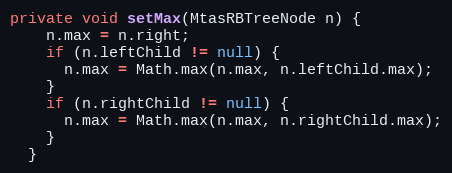
Language: Java
private void setMax(MtasRBTreeNode n) {
    n.max = n.right;
    if (n.leftChild != null) {
      n.max = Math.max(n.max, n.leftChild.max);
    }
    if (n.rightChild != null) {
      n.max = Math.max(n.max, n.rightChild.max);
    }
  }